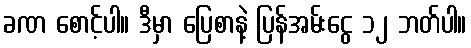
ခဏ စောင့်ပါ။ ဒီမှာ ပြေစာနဲ့ ပြန်အမ်းငွေ ၁၂ ဘတ်ပါ။